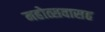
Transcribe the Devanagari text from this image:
महोत्सवासह